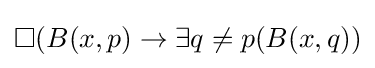
\Box (B(x,p)\rightarrow \exists q\neq p(B(x,q))